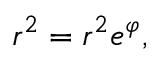
r ^ { 2 } = r ^ { 2 } e ^ { \varphi } ,